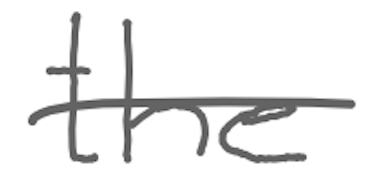
Text: the
Cross-out: single-line
Writing tool: digital_gray